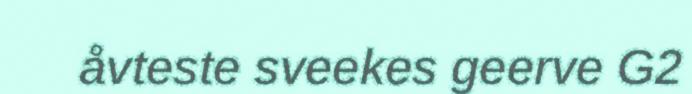
åvteste sveekes geerve G2